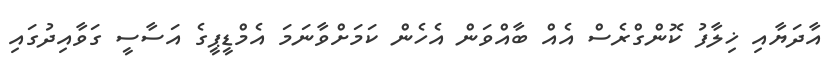
އާދަޔާއި ޚިލާފު ކޮންގްރެސް އެއް ބާއްވަން އެހެން ކަމަށްވާނަމަ އެމްޑީޕީގެ އަސާސީ ގަވާއިދުގައި